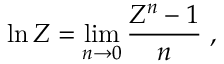
\ln Z = \operatorname* { l i m } _ { n \to 0 } \frac { Z ^ { n } - 1 } { n } \; ,